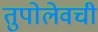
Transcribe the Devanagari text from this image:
तुपोलेवची